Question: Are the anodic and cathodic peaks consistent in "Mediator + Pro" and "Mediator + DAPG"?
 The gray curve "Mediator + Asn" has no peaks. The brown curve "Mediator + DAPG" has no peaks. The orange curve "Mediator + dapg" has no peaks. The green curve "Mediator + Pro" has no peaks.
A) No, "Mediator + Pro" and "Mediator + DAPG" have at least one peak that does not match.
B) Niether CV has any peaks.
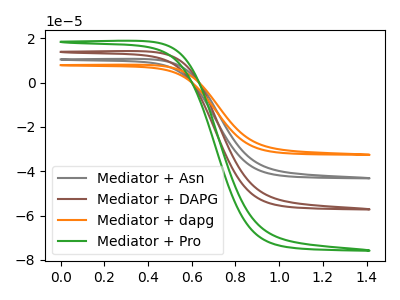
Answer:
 <answer>B) Niether CV has any peaks.</answer>
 <eval>B</eval>